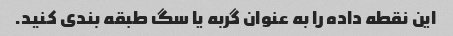
این نقطه داده را به عنوان گربه یا سگ طبقه بندی کنید.